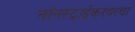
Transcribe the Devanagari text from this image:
नॉनस्ट्राईकरवरचा